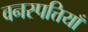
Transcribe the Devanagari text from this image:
वनस्पत्तियाँ